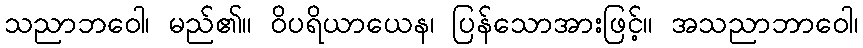
သညာဘဝေါ၊ မည်၏။ ဝိပရိယာယေန၊ ပြန်သောအားဖြင့်။ အသညာဘာဝေါ၊